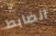
الضابط